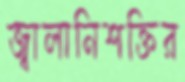
জ্বালানিশক্তির